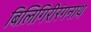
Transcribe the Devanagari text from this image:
बिलिगिरीरंगनाथ